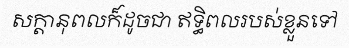
សក្តានុពលក៏ដូចជា ឥទ្ធិពលរបស់ខ្លួនទៅ